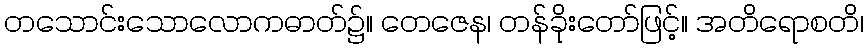
တသောင်းသောလောကဓာတ်၌။ တေဇေန၊ တန်ခိုးတော်ဖြင့်။ အတိရောစတိ၊